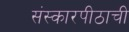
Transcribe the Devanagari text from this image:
संस्कारपीठाची